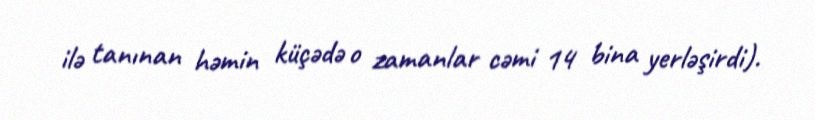
ilə tanınan həmin küçədə o zamanlar cəmi 14 bina yerləşirdi).